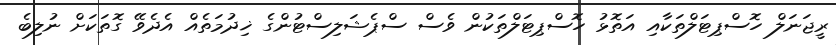
ރީޖަނަލް ހޮސްޕިޓަލްތަކާއި އަތޮޅު ހޮސްޕިޓަލްތަކުން ވެސް ސްޕެޝަލިސްޓުންގެ ޚިދުމަތެއް އެދެވޭ ގޮތަކަށް ނުލިބެ